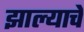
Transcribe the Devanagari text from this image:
झाल्‍याचे